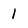
Character: I